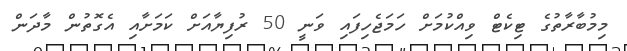
މިމުބާރާތުގެ ޓިކެޓް ވިއްކުމަށް ހަމަޖެހިފައި ވަނީ 50 ރުފިޔާއަށް ކަަމަށާއި އެގޮތުން މާދަން